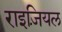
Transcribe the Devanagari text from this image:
राइजियल